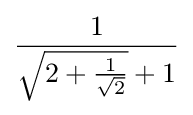
{\frac {1}{{\sqrt {2+{\frac {1}{\sqrt {2}}}}}+1}}